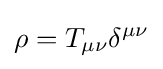
\rho =T_{\mu \nu }\delta ^{\mu \nu }